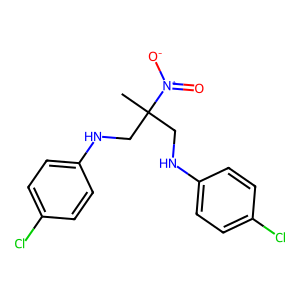
SMILES: CC(CNc1ccc(Cl)cc1)(CNc1ccc(Cl)cc1)[N+](=O)[O-]
Inhibits HIV replication: No